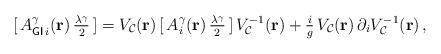
LaTeX: \begin{align*}[\,A_{{\sf GI}\,i}^{{\gamma}}({\bf{r}})\,{\textstyle\frac{{\lambda}^{\gamma}}{2}}\,]=V_{\cal{C}}({\bf{r}})\,[\,A_{i}^{\gamma}({\bf{r}})\,{\textstyle\frac{\lambda^\gamma}{2}}\,]\,V_{\cal{C}}^{-1}({\bf{r}})+{\textstyle\frac{i}{g}}\,V_{\cal{C}}({\bf{r}})\,\partial_{i}V_{\cal{C}}^{-1}({\bf{r}})\,,\end{align*}